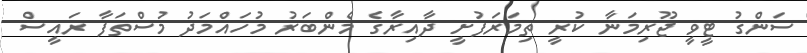
ސަންގު ޓީވީ ޖޫރިމަނާ ކުރީ ތިމަރަފުށީ ދާއިރާގެ މެންބަރު މުހައްމަދު މުސްތަފާ ރައީސް